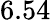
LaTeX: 6.54